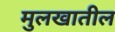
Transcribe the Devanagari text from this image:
मुलखातील